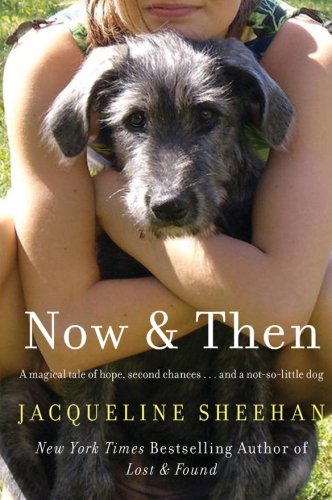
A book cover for Now & Then; Romance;